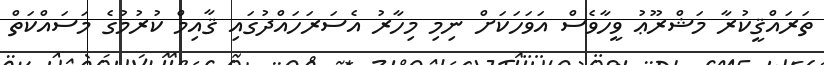
ތަރައްޤީކުރާ މަޝްރޫޢު ވީހާވެސް އަވަހަކަށް ނިމި މިހާރު އެސަރަހައްދުގައި ޤާއިމް ކުރުމުގެ މަސައްކަތް